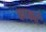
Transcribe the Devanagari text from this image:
काकरे